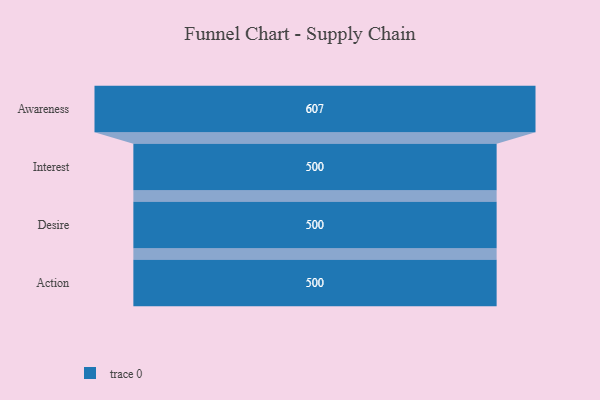
{"axis": {"x": "Stage", "y": "Value"}, "legend": [""], "data": [{"x": "Awareness", "y": 607.0, "type": ""}, {"x": "Interest", "y": 500, "type": ""}, {"x": "Desire", "y": 500, "type": ""}, {"x": "Action", "y": 500, "type": ""}]}